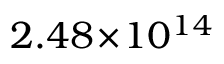
2 . 4 8 \! \times \! 1 0 ^ { 1 4 }